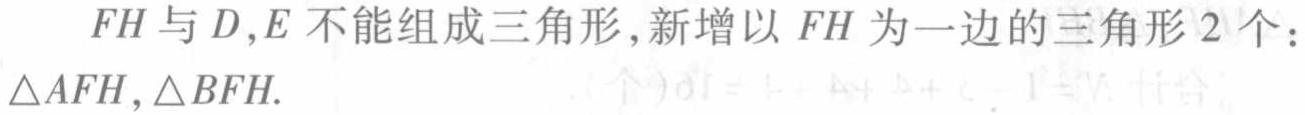
$FH$与$D,E$不能组成三角形,新增以$FH$为一边的三角形$2$个：$\triangle AFH,\triangle BFH.$